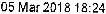
05 MAR 2018 18:24